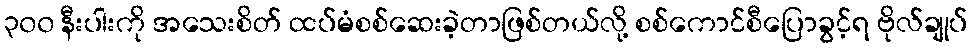
၃၀၀ နီးပါးကို အသေးစိတ် ထပ်မံစစ်ဆေးခဲ့တာဖြစ်တယ်လို့ စစ်ကောင်စီပြောခွင့်ရ ဗိုလ်ချုပ်